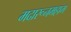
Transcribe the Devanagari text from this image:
मदारूनमहाम